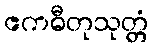
ဧကဓီတုသုတ္တံ